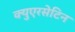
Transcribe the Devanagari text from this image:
क्युएरसेटिन